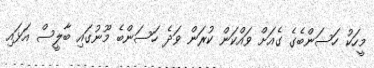
މީހަކު ހަސަންބެގެ ގެއަށް ވައްކަން ކުރަން ވަދެ ހަސަންބެ މޫނުގައި ބާލީސް އަޅައި